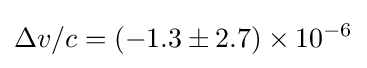
\Delta v/c=(-1.3\pm 2.7)\times 10^{-6}